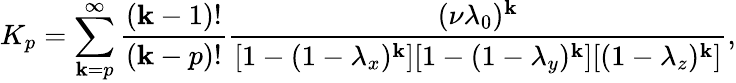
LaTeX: K_{p}=\sum_{\mathbf{k}=p}^{\infty}\frac{{(\mathbf{k}-1)!}}{{(\mathbf{k}-p)!}}\frac{{(\nu\lambda_{0})^{\mathbf{k}}}}{{[1-(1-\lambda_{x})^{\mathbf{k}}][1-(1-\lambda_{y})^{\mathbf{k}}][(1-\lambda_{z})^{\mathbf{k}}]}},